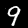
Label: 9